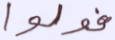
فولوا